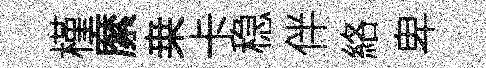
槿縻桒卡稳伴絡卑